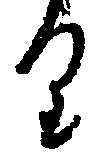
り